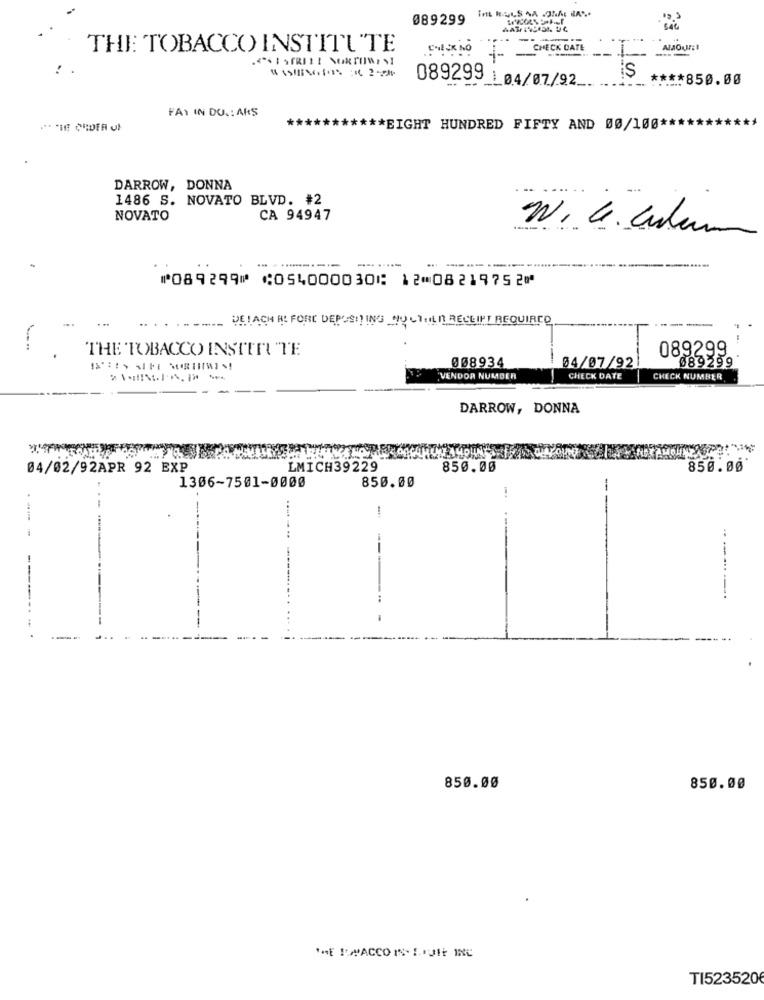
089299
THE TOBACCO INSTITUTE
----
⑈
is
089299 1 04/07/22
**** 850.00
FAT IN DO. : AKS
*********** EIGHT HUNDRED FIFTY AND 00/100 ***
DARROW, DONNA
1486 S. NOVATO BLVD. #2
NOVATO
CA 94947
W. C. Culum
⑈089299⑈ ⑆054000030⑆ 12⑉08219752⑈
DELACH HE FORE DEPOSIT ING_NULTILD RECEIPT REQUIRED
THE TOBACCO INSTITUTE
089299
008934
04/07/92
089299
VENDOR NUMBER
CHECK DATE
CHECK NUMBER
DARROW, DONNA
04/02/92APR 92 EXP
LMICH39229
850.00
850.00
850.00
1306-7501-0000
-
-
-
----
------..
850.00
850.00
*HE 1PACCO IS- LUI INC
TI523520